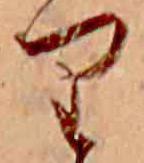
り